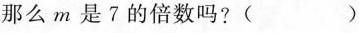
那么m是7的倍数吗?()